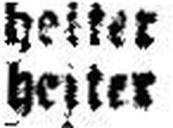
heiter